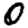
Digit: 0